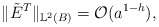
\begin{align*}\lVert \tilde{E}^T\rVert_{\mathbb{L}^2(B)}=\mathcal{O}(a^{1-h}),\end{align*}